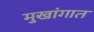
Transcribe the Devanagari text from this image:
मुखांगात